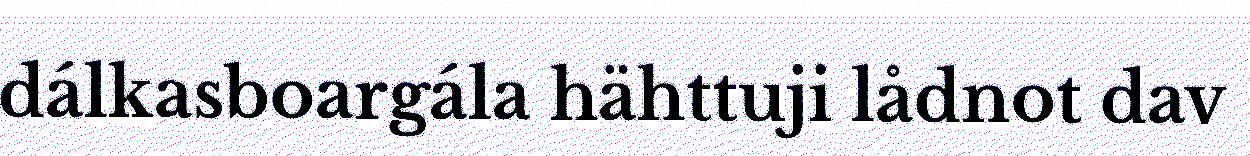
dálkasboargála hähttuji lådnot dav